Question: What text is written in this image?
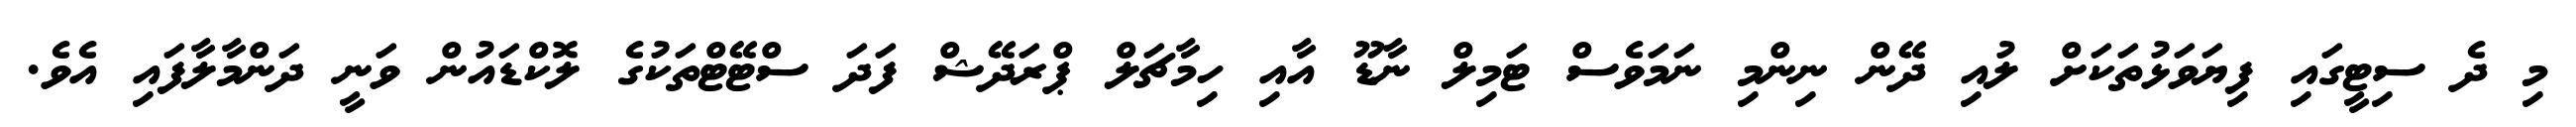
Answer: މި ދެ ސިޓީގައި ފިޔަވަޅުތަކަށް ލުއި ދޭން ނިންމި ނަމަވެސް ޓަމިލް ނާޑޫ އާއި ހިމާޗަލް ޕްރަދޭޝް ފަދަ ސްޓޭޓްތަކުގެ ލޮކްޑައުން ވަނީ ދަންމާލާފައި އެވެ.